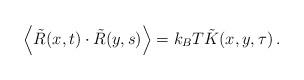
LaTeX: \begin{align*}\left\langle \tilde{R}(x,t) \cdot \tilde{R}(y,s) \right\rangle= k_{B}T\tilde{K}(x,y,\tau) \, .\end{align*}